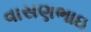
વાસણભાઇ